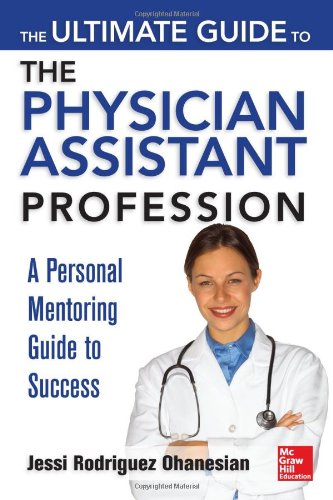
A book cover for The Ultimate Guide to the Physician Assistant Profession; Jessi Rodriguez Ohanesian; Medical Books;